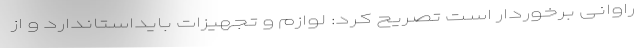
راوانی برخوردار است تصریح کرد: لوازم و تجهیزات بایداستاندارد و از